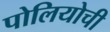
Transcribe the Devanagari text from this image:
पोलियोची